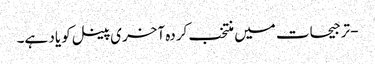
- ترجیحات میں منتخب کردہ آخری پینل کو یاد ہے۔